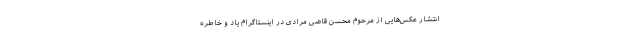
انتشار عکس‌هایی از مرحوم محسن قاضی مرادی در اینستاگرام یاد و خاطره